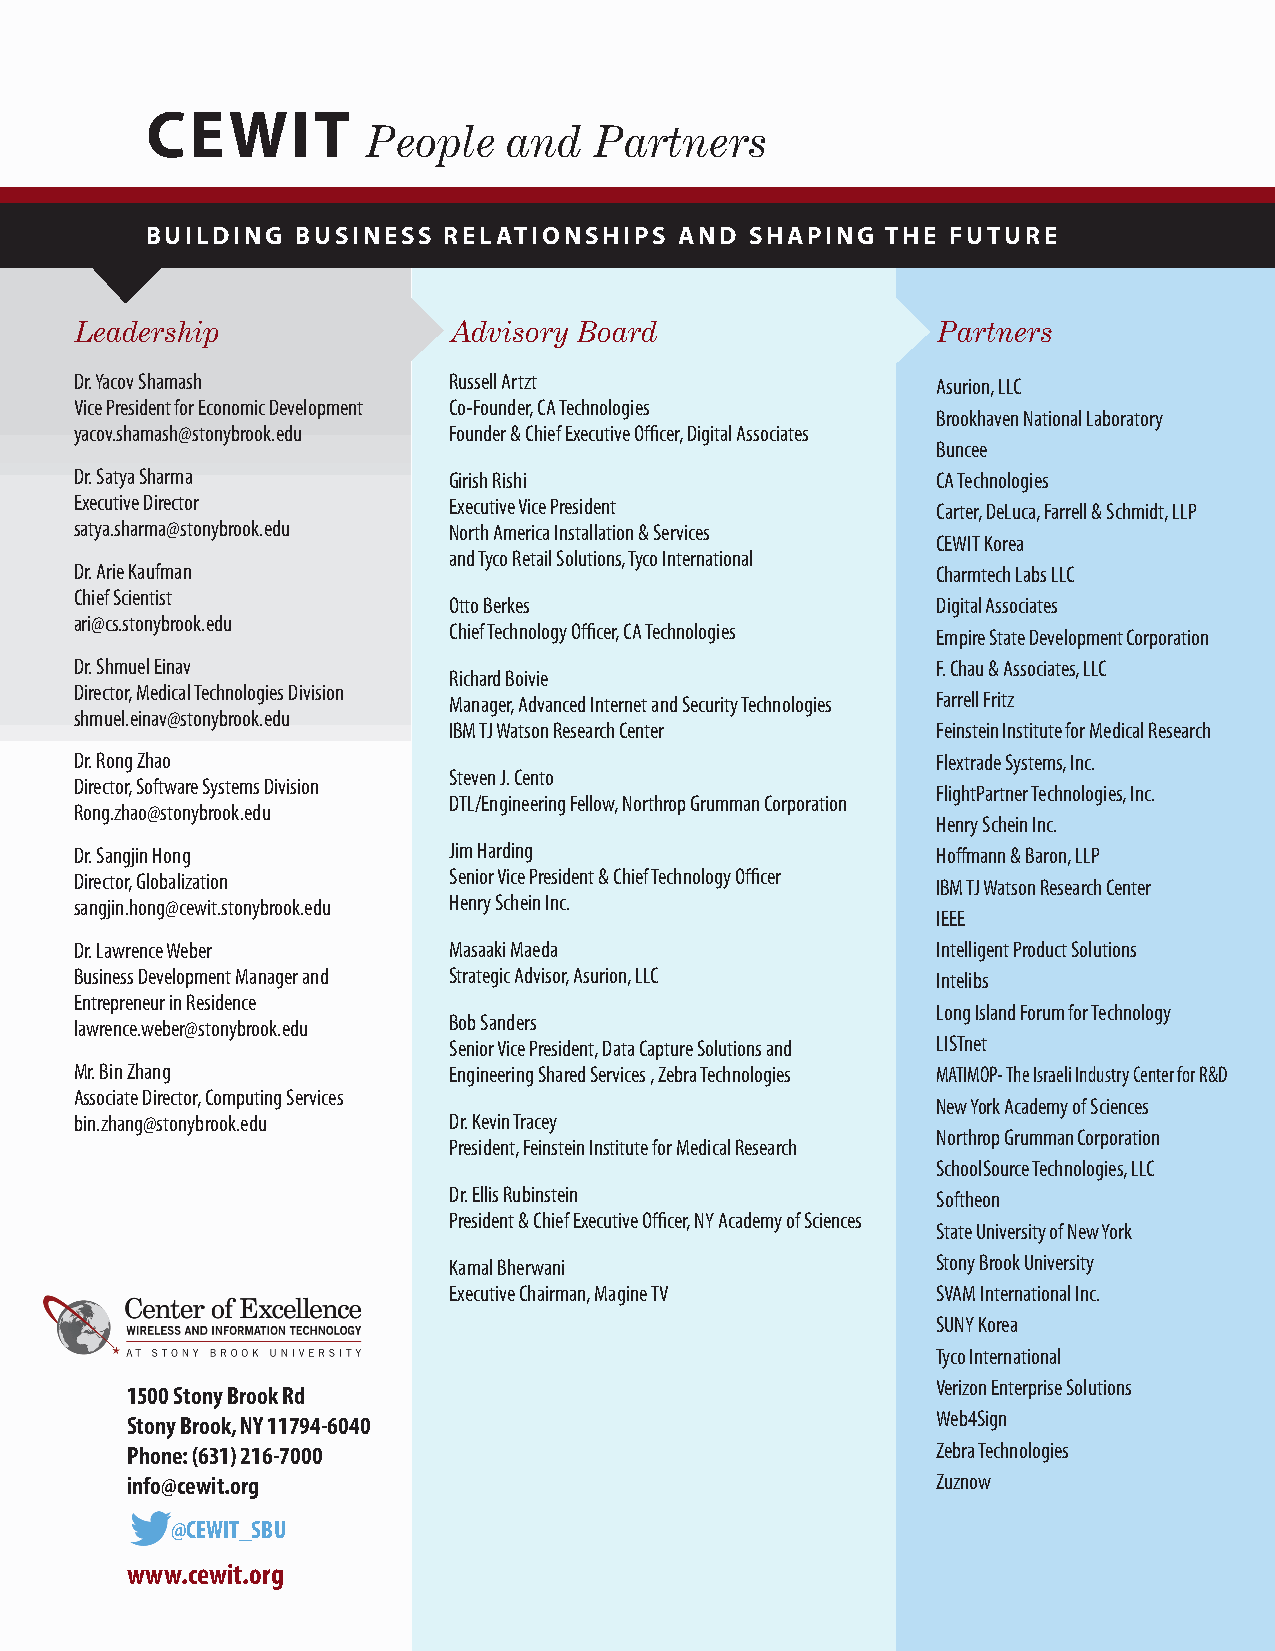
CEWIT
 People    and  Partners
 BUILDING  BUSINESS RELATIONSHIPS   AND  SHAPING  THE FUTURE
 Leadership               Advisory Board                  Partners
 Dr. Yacov Shamash        Russell Artzt                   Asurion, LLC
 Vice President for Economic Development Co-Founder, CA Technologies
 Brookhaven National Laboratory
 yacov.shamash@stonybrook.edu Founder & Chief Executive Officer, Digital Associates
 Buncee
 Dr. Satya Sharma         Girish Rishi                    CA Technologies
 Executive Director       Executive Vice President        Carter, DeLuca, Farrell & Schmidt, LLP
 satya.sharma@stonybrook.edu North America Installation & Services
 CEWIT Korea
 and Tyco Retail Solutions, Tyco International
 Dr. Arie Kaufman                                         Charmtech Labs LLC
 Chief Scientist
 Otto Berkes                     Digital Associates
 ari@cs.stonybrook.edu
 Chief Technology Officer, CA Technologies Empire State Development Corporation
 Dr. Shmuel Einav                                         F. Chau & Associates, LLC
 Richard Boivie
 Director, Medical Technologies Division
 Manager, Advanced Internet and Security Technologies Farrell Fritz
 shmuel.einav@stonybrook.edu
 IBM TJ Watson Research Center   Feinstein Institute for Medical Research
 Dr. Rong Zhao                                            Flextrade Systems, Inc.
 Steven J. Cento
 Director, Software Systems Division
 FlightPartner Technologies, Inc.
 DTL/Engineering Fellow, Northrop Grumman Corporation
 Rong.zhao@stonybrook.edu
 Henry Schein Inc.
 Dr. Sangjin Hong         Jim Harding                     Hoffmann & Baron, LLP
 Director, Globalization  Senior Vice President & Chief Technology Officer IBM TJ Watson Research Center
 sangjin.hong@cewit.stonybrook.edu Henry Schein Inc.
 IEEE
 Dr. Lawrence Weber       Masaaki Maeda                   Intelligent Product Solutions
 Business Development Manager and Strategic Advisor, Asurion, LLC Intelibs
 Entrepreneur in Residence
 Long Island Forum for Technology
 lawrence.weber@stonybrook.edu Bob Sanders
 Senior Vice President, Data Capture Solutions and LISTnet
 Mr. Bin Zhang            Engineering Shared Services , Zebra Technologies MATIMOP- The Israeli Industry Center for R&D
 Associate Director, Computing Services
 New York Academy of Sciences
 bin.zhang@stonybrook.edu Dr. Kevin Tracey
 Northrop Grumman Corporation
 President, Feinstein Institute for Medical Research
 SchoolSource Technologies, LLC
 Dr. Ellis Rubinstein            Softheon
 President & Chief Executive Officer, NY Academy of Sciences
 State University of New York
 Kamal Bherwani                  Stony Brook University
 Executive Chairman, Magine TV   SVAM International Inc.
 SUNY Korea
 Tyco International
 Verizon Enterprise Solutions
 1500 Stony Brook Rd
 Stony Brook, NY 11794-6040                            Web4Sign
 Phone: (631) 216-7000                                 Zebra Technologies
 info@cewit.org                                        Zuznow
 @CEWIT_SBU
 www.cewit.org